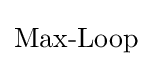
{\text{Max-Loop}}